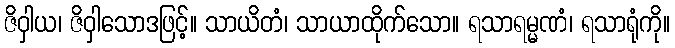
ဇိဝှါယ၊ ဇိဝှါသောဒဖြင့်။ သာယိတံ၊ သာယာထိုက်သော။ ရသာရမ္မဏံ၊ ရသာရုံကို။